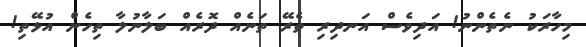
މިހާރަކު ނެތެންނު! އަދިވެސް އަނދިރި ތެރޭ ތަނެއް ދޮރެއް ބަލާނުލާ ތިހެން އުޅޭތި!